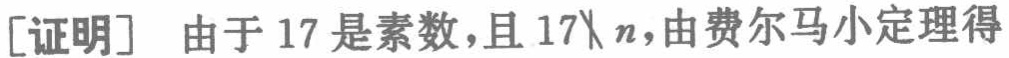
[证明] 由于 17 是素数，且 \(17\nmid n\)，由费尔马小定理得